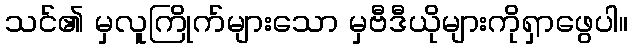
သင်၏ မှလူကြိုက်များသော မှဗီဒီယိုများကိုရှာဖွေပါ။